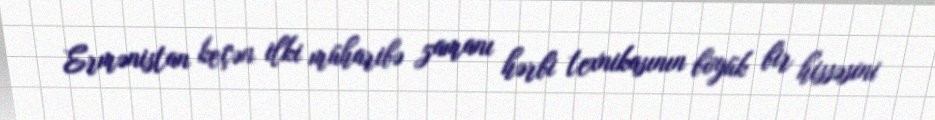
Ermənistan keçən ilki müharibə zamanı hərbi texnikasının böyük bir hissəsini